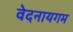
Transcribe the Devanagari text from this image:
वेदनायगम